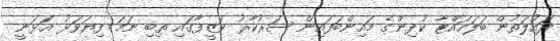
ދައުލަތުން ބަލަހައްޓާ ކުދިންގެ މައިންބަފައިން ސަރުކާރު ވަޒީފާގައި ތިބި ނަމަ ފިޔަވަޅު އަޅަނީ